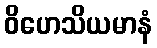
ဝိဟေသိယမာနံ